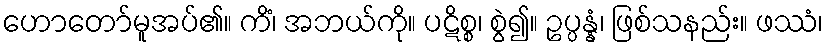
ဟောတော်မူအပ်၏။ ကိံ၊ အဘယ်ကို။ ပဋိစ္စ၊ စွဲ၍။ ဥပ္ပန္နံ၊ ဖြစ်သနည်း။ ဖဿံ၊